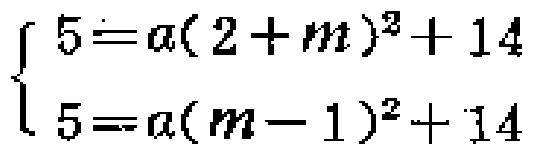
\[
\begin{cases}
5=a(2 + m)^{2}+14\\
5=a(m - 1)^{2}+14
\end{cases}
\]